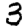
Digit: 3